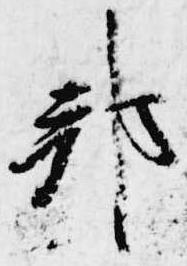
邦